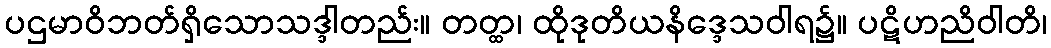
ပဌမာဝိဘတ်ရှိသောသဒ္ဒါတည်း။ တတ္ထ၊ ထိုဒုတိယနိဒ္ဒေသဝါရ၌။ ပဋိဟညိဝါတိ၊